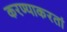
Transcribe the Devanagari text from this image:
करण्याकरतां